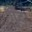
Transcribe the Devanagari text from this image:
गॅड